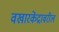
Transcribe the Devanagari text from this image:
वखारकेंद्रावरील